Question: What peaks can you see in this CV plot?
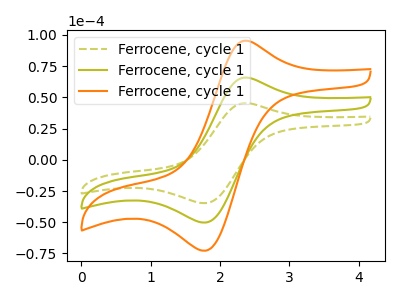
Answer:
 <answer>The olive dashed curve "Ferrocene, cycle 11" has an anodic peak at (2.40V, 45.35uA) and a cathodic peak at (1.80V, -34.70uA). The olive curve "Ferrocene, cycle 12" has an anodic peak at (2.40V, 65.70uA) and a cathodic peak at (1.80V, -50.25uA). The orange curve "Ferrocene, cycle 13" has an anodic peak at (2.40V, 131.35uA) and a cathodic peak at (1.80V, -100.50uA).</answer>
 <eval></eval>